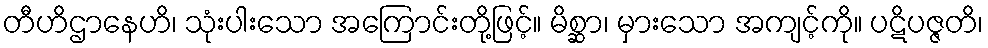
တီဟိဌာနေဟိ၊ သုံးပါးသော အကြောင်းတို့ဖြင့်။ မိစ္ဆာ၊ မှားသော အကျင့်ကို။ ပဋိပဇ္ဇတိ၊